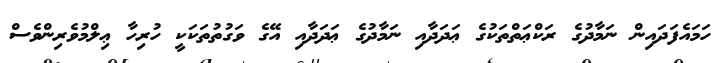
ހަމައެފަދައިން ނަމާދުގެ ރަކްޢަތްތަކުގެ ޢަދަދާއި ނަމާދުގެ ޢަދަދާއި އޭގެ ވަގުތުތަކަކީ ހުރިހާ ޢިލްމުވެރިންވެސް